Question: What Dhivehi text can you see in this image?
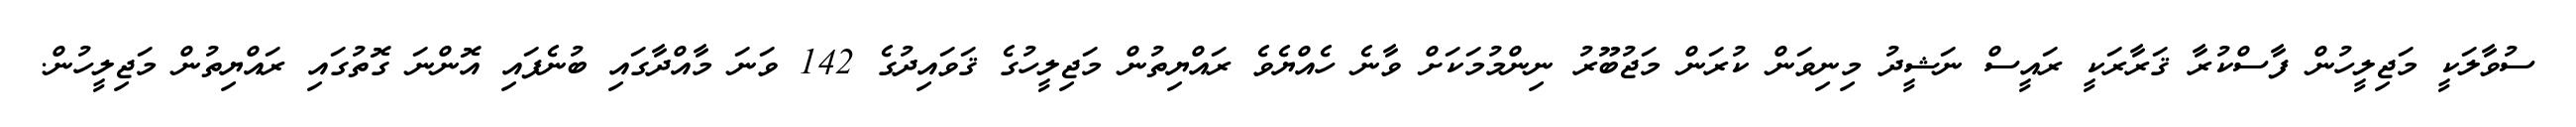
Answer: ސުވާލަކީ މަޖިލީހުން ފާސްކުރާ ޤަރާރަކީ ރައީސް ނަޝީދު މިނިވަން ކުރަން މަޖުބޫރު ނިންމުމަކަށް ވާނެ ހެއްޔެވެ ރައްޔިތުން މަޖިލީހުގެ ޤަވައިދުގެ 142 ވަނަ މާއްދާގައި ބުނެފައި އޮންނަ ގޮތުގައި ރައްޔިތުން މަޖިލީހުން.